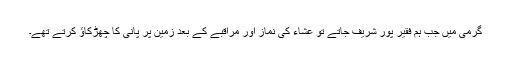
گرمی میں جب ہم فقیر پور شریف جاتے تو عشاء کی نماز اور مراقبے کے بعد زمین پر پانی کا چھڑکاؤ کرتے تھے۔